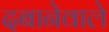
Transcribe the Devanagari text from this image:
दबानेवाले